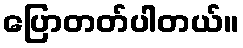
ပြောတတ်ပါတယ်။